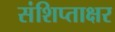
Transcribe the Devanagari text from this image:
संशिप्ताक्षर